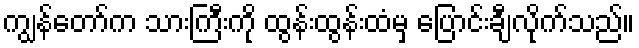
ကျွန်တော်က သားကြီးကို ထွန်းထွန်းထံမှ ပြောင်းချီလိုက်သည်။